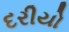
દરીયો